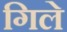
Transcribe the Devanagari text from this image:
गिले